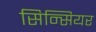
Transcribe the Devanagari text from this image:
सिन्सियर